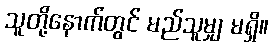
သူတို့နောက်တွင် မည်သူမျှ မရှိ။